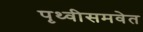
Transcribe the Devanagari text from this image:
पृथ्वीसमवेत